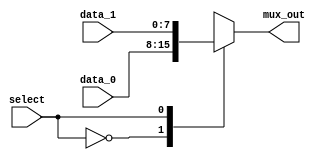
module mux2( mux_out, data_0, data_1, select);

	parameter dw = 8;
		
	input [dw-1:0] data_1, data_0;
	input [0:0] select;
	output reg [dw-1:0] mux_out;
	
	 // choose between the two inputs
	always @ ( data_1 or data_0 or select)
	case (select)//  (* synthesis parallel_case *)
		1'd0:		mux_out = data_0;
		1'd1:		mux_out = data_1;
		default:	mux_out = {dw{1'bx}};
    endcase
endmodule